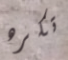
تكره